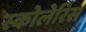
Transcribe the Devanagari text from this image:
स्कोलेरिस